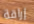
إراقة